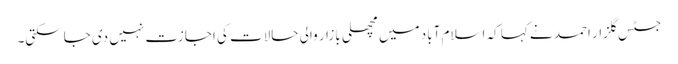
جسٹس گلزار احمد نے کہا کہ اسلام آباد میں مچھلی بازار والی حالات کی اجازت نہیں دی جاسکتی۔